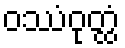
ဝဿံဝုတ္ထံ